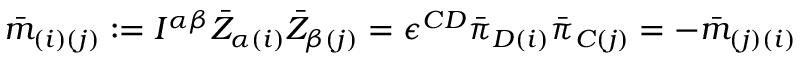
{ \bar { m } } _ { ( i ) ( j ) } : = I ^ { \alpha \beta } { \bar { Z } } _ { \alpha ( i ) } { \bar { Z } } _ { \beta ( j ) } = \epsilon ^ { C D } { \bar { \pi } } _ { D ( i ) } { \bar { \pi } } _ { C ( j ) } = - { \bar { m } } _ { ( j ) ( i ) }